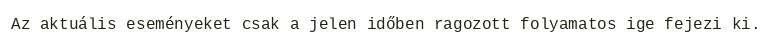
Az aktuális eseményeket csak a jelen időben ragozott folyamatos ige fejezi ki.